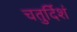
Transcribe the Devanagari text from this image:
चतुर्दिशं